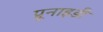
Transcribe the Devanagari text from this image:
प्रूनाइडी